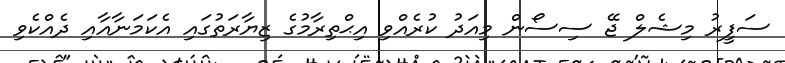
ސަފީރު މިޝެލް ޖޭ ސިސޯން މިއަދު ކުރެއްވި އިޙްތިރާމުގެ ޒިޔާރަތުގައި އެކަމަނާއާއި ދެއްކެވި